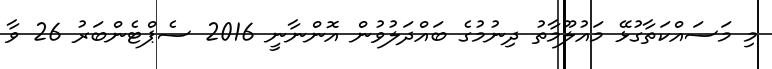
މި މަސައްކަތާގުޅޭ މައުލޫމާތު ދިނުމުގެ ބައްދަލުވުން އޮންނާނީ 2016 ސެޕްޓެންބަރު 26 ވާ